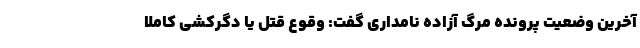
آخرین وضعیت پرونده مرگ آزاده نامداری گفت: وقوع قتل یا دگرکشی کاملا